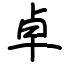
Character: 卓